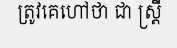
ត្រូវគេហៅថា ជា ស្ត្រី